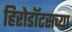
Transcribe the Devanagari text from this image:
हिरोडॉटसच्या